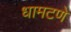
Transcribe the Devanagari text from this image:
धामटणे